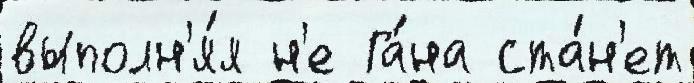
выполн'я́я н'е Га́на ста́н'ет